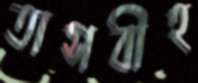
তাসবীহ